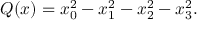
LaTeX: Q ( x ) = x _ { 0 } ^ { 2 } - x _ { 1 } ^ { 2 } - x _ { 2 } ^ { 2 } - x _ { 3 } ^ { 2 } .